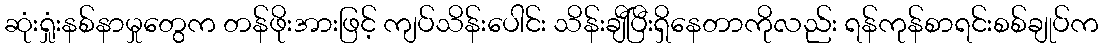
ဆုံးရှုံးနစ်နာမှုတွေက တန်ဖိုးအားဖြင့် ကျပ်သိန်းပေါင်း သိန်းချီပြီးရှိနေတာကိုလည်း ရန်ကုန်စာရင်းစစ်ချုပ်က